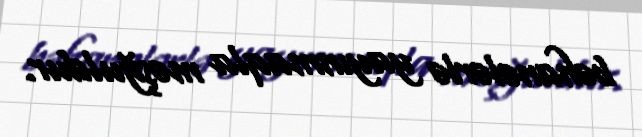
bəhanələrlə yayınmaqla məşğuldur.